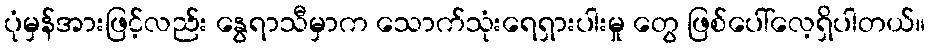
ပုံမှန်အားဖြင့်လည်း နွေရာသီမှာက သောက်သုံးရေရှားပါးမှု တွေ ဖြစ်ပေါ်လေ့ရှိပါတယ်။